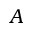
A